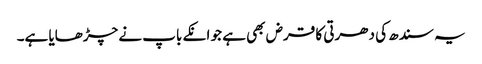
یہ سندھ کی دھرتی کا قرض بھی ہے جو انکے باپ نے چڑھایا ہے۔